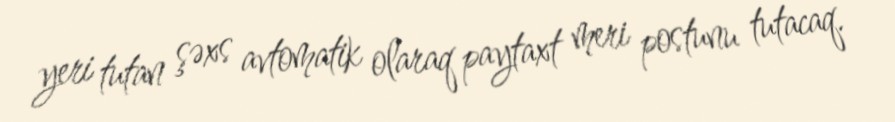
yeri tutan şəxs avtomatik olaraq paytaxt meri postunu tutacaq.